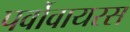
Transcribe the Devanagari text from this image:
पर्वोवायरस